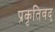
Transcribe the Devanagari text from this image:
प्रकृतिवद्